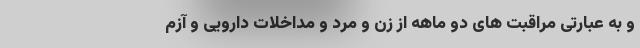
و به عبارتی مراقبت های دو ماهه از زن و مرد و مداخلات دارویی و آزم